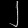
Digit: ၂